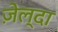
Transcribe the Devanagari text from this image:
ज़ेल्दा